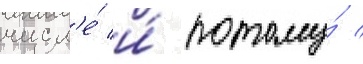
числ'е́ и́ потому́ /